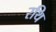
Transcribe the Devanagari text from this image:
रथि